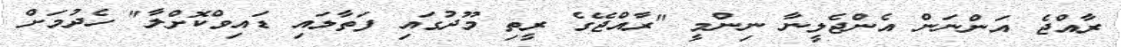
ރާއްޖެ އަންނަން އެންޖެލީނާ ނިންމީ "ރާއްޖޭގެ ރީތި މޫދުގައި ފަތާލައި ޑައިވްކޮށްލާ" ހެދުމަށް